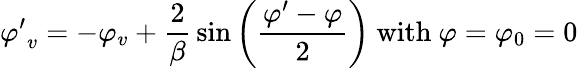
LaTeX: {\varphi^{\prime}}_{v}=-\varphi_{v}+{\frac{2}{\beta}}\sin\left({\frac{\varphi^{\prime}-\varphi}{2}}\right){\mathrm{~with~}}\varphi=\varphi_{0}=0